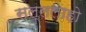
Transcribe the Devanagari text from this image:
सल्ललाहो